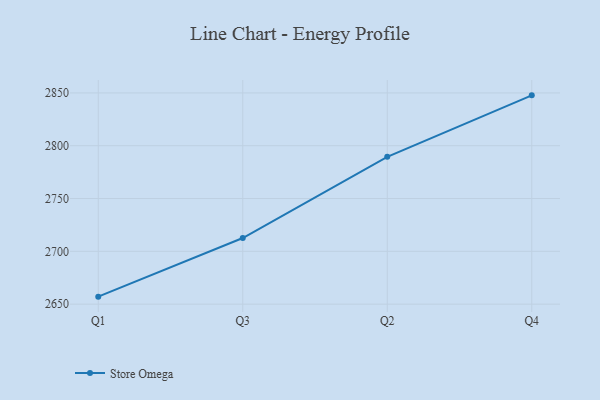
{"axis": {"x": "Quarter", "y": "Inventory Turnover"}, "legend": ["Store Omega"], "data": [{"x": "Q1", "y": 2657.1, "type": "Store Omega"}, {"x": "Q3", "y": 2712.6, "type": "Store Omega"}, {"x": "Q2", "y": 2789.5, "type": "Store Omega"}, {"x": "Q4", "y": 2847.7, "type": "Store Omega"}]}